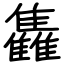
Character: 雥